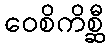
ဝေစိကိစ္ဆီ